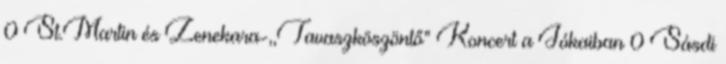
0 St.Martin és Zenekara-,,Tavaszköszöntő” Koncert a Jókaiban 0 Sásdi